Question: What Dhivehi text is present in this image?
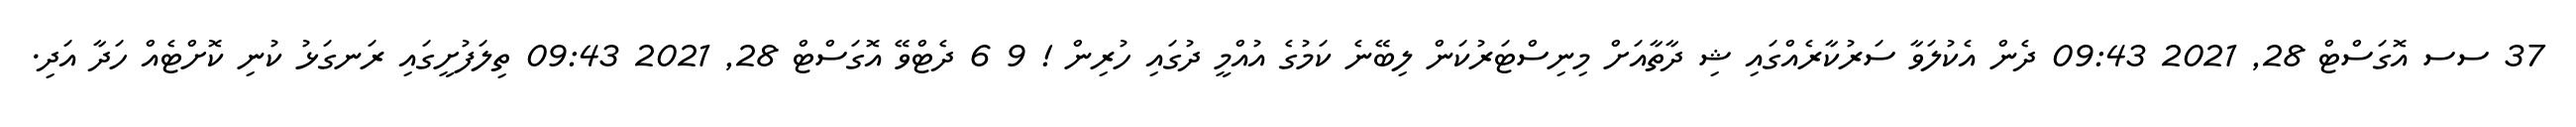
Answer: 37 ސސ އޮގަސްޓް 28, 2021 09:43 ދެން އެކުލަވާ ސަރުކާރެއްގައި ޝި ދާތާއަށް މިނިސްޓަރުކަން ލިބޭނެ ކަމުގެ އުއްމީ ދުގައި ހުރިން ! 9 6 ދެޓްވޭ އޮގަސްޓް 28, 2021 09:43 ތިލަފުށީގައި ރަނގަޅު ކުނި ކޮށްޓެއް ހަދާ އަދި.